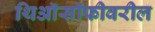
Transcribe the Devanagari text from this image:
थिऑसॉफीवरील